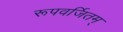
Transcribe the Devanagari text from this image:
रूपवर्जितम्